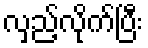
လှည့်လိုက်ပြီး